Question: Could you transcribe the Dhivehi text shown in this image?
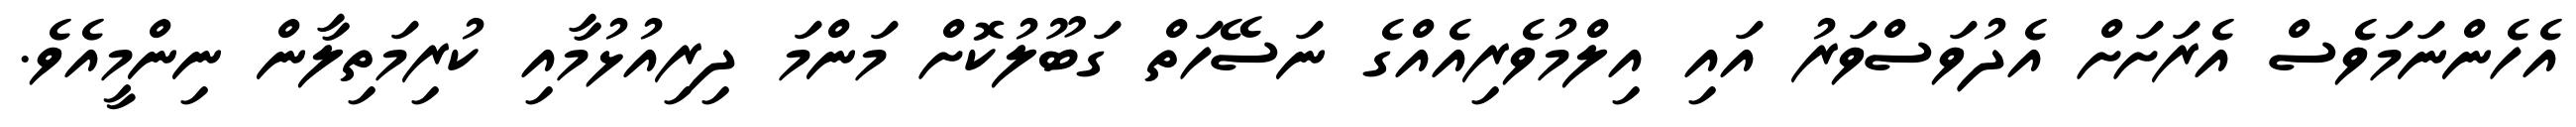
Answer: އެހެންނަމަވެސް އެރަށަށް އެދުވަސްވަރު އައި އިލްމުވެރިއެއްގެ ނަސޭހަތް ގަބޫލުކޮށް މަންމަ ދިރިއުޅުމާއި ކުރިމަތިލާން ނިންމީއެވެ.